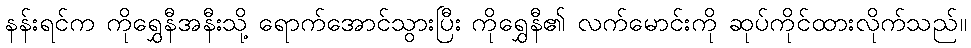
နန်းရင်က ကိုရွှေနီအနီးသို့ ရောက်အောင်သွားပြီး ကိုရွှေနီ၏ လက်မောင်းကို ဆုပ်ကိုင်ထားလိုက်သည်။